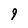
Character: 9